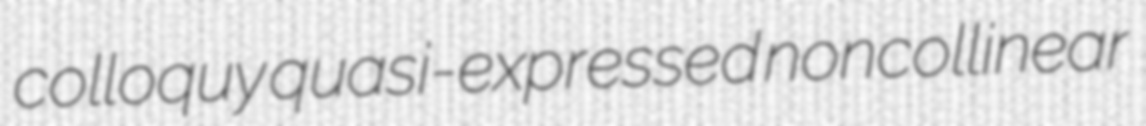
colloquy quasi-expressed noncollinear